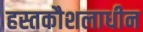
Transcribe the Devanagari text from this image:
हस्तकौशलाधीन